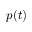
p ( t )